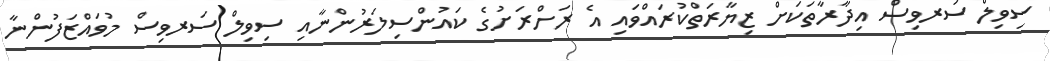
ސިވިލް ސަރވިސް އިދާރާތަކަށް ޒިޔާރަތްކުރައްވައި އެ ރަށްރަށުގެ ކައުންސިލަރުންނާއި ސިވިލް ސަރވިސް މުވައްޒަފުންނާ